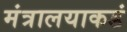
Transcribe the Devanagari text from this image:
मंत्रालयाकडं